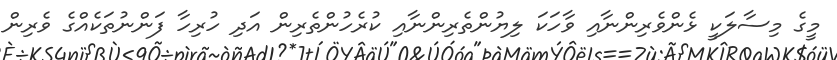
މީގެ މިސާލަކީ ޅެންވެރިންނާއި ވާހަކަ ލިޔުންތެރިންނާއި ކުރެހުންތެރިން އަދި ހުރިހާ ފަންނުތަކެއްގެ ވެރިން